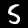
Label: 5